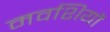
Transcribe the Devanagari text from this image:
मवशियों